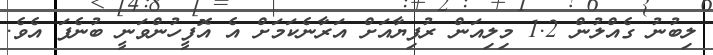
ލިބުނު ގެއްލުން 1.2 މިލިއަން ރުފިޔާއަށް އަރާނެކަމަށް އެ އޮފީހުންވަނީ ބުނެފަ އެވެ.